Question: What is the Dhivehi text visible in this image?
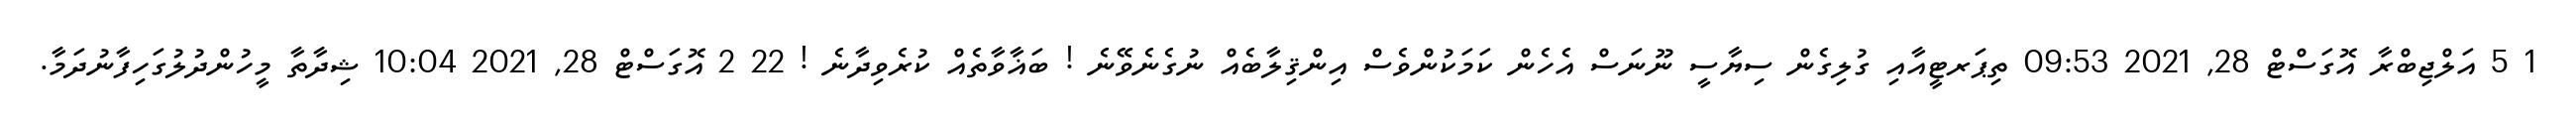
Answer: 1 5 އަލްޖިބްރާ އޮގަސްޓް 28, 2021 09:53 ތިޕަރޓީއާއި ގުލިގެން ސިޔާސީ ނޫނަސް އެހެން ކަމަކުންވެސް އިންޤިލާބެއް ނުގެނެވޭނެ ! ބަޣާވާތެއް ކުރެވިދާނެ ! 22 2 އޮގަސްޓް 28, 2021 10:04 ޝިދާތާ މީހުންދުލުގަހިފާނުދަމާ.